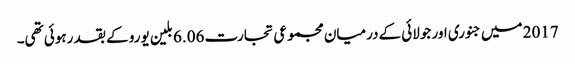
2017 میں جنوری اور جولائی کےدرمیان مجموعی تجارت 6.06 بلین یورو کے بقد رہوئی تھی۔